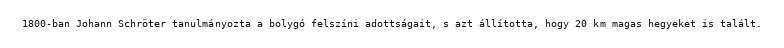
1800-ban Johann Schröter tanulmányozta a bolygó felszíni adottságait, s azt állította, hogy 20 km magas hegyeket is talált.